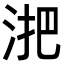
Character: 𬇫